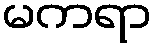
မကရာ